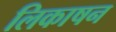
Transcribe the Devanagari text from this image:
लिकाषन